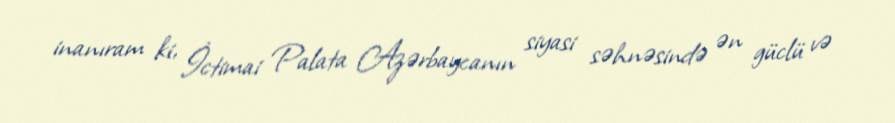
inanıram ki, İctimai Palata Azərbaycanın siyasi səhnəsində ən güclü və